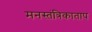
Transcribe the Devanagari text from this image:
मनस्तंत्रिकाताप